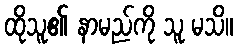
ထိုသူ၏ နာမည်ကို သူ မသိ။